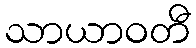
သာယာဝတီ